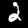
Digit: 2